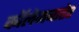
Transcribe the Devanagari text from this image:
कॉलेजबाहेर